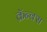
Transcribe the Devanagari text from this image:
क्रॅन्क्स